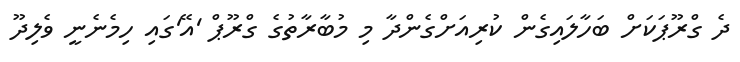
ދެ ގްރޫޕަކަށް ބަހާލައިގެން ކުރިއަށްގެންދާ މި މުބާރާތުގެ ގްރޫޕް 'އޭ'ގައި ހިމެނެނީ ވެލިދޫ